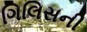
ગિલિસની